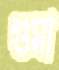
গুমা